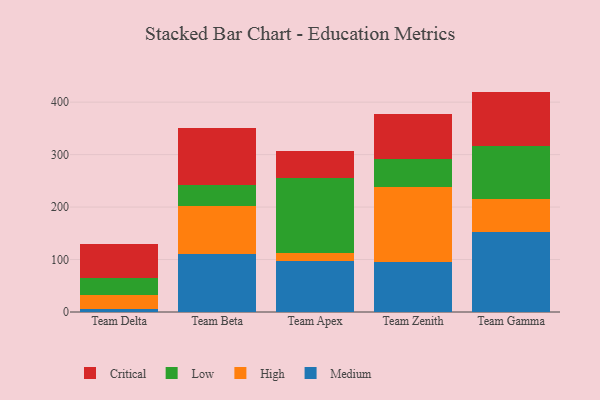
{"axis": {"x": "Team", "y": "Latency (ms)"}, "legend": ["Critical", "High", "Low", "Medium"], "data": [{"x": "Team Delta", "y": 6.6, "type": "Medium"}, {"x": "Team Delta", "y": 26.5, "type": "High"}, {"x": "Team Delta", "y": 31.3, "type": "Low"}, {"x": "Team Delta", "y": 65.9, "type": "Critical"}, {"x": "Team Beta", "y": 110.8, "type": "Medium"}, {"x": "Team Beta", "y": 91.7, "type": "High"}, {"x": "Team Beta", "y": 40.5, "type": "Low"}, {"x": "Team Beta", "y": 107.7, "type": "Critical"}, {"x": "Team Apex", "y": 96.3, "type": "Medium"}, {"x": "Team Apex", "y": 17.0, "type": "High"}, {"x": "Team Apex", "y": 142.3, "type": "Low"}, {"x": "Team Apex", "y": 50.9, "type": "Critical"}, {"x": "Team Zenith", "y": 94.5, "type": "Medium"}, {"x": "Team Zenith", "y": 143.3, "type": "High"}, {"x": "Team Zenith", "y": 53.1, "type": "Low"}, {"x": "Team Zenith", "y": 86.0, "type": "Critical"}, {"x": "Team Gamma", "y": 152.3, "type": "Medium"}, {"x": "Team Gamma", "y": 62.4, "type": "High"}, {"x": "Team Gamma", "y": 102.5, "type": "Low"}, {"x": "Team Gamma", "y": 102.9, "type": "Critical"}]}